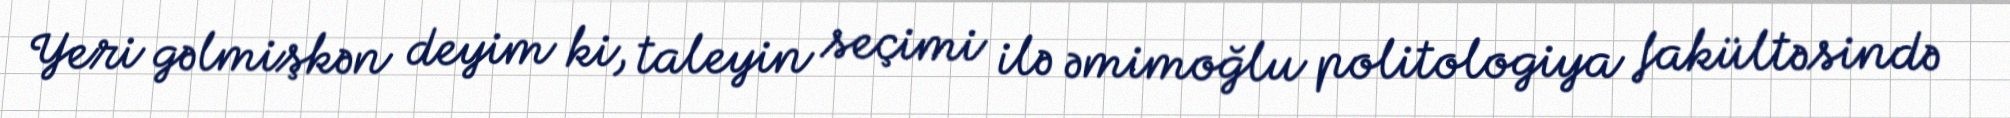
Yeri gəlmişkən deyim ki, taleyin seçimi ilə əmimoğlu politologiya fakültəsində